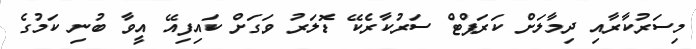
މިސަރުކާރާއި ދިމާލަށް ކަރަޕްޓް ސަރުކާރެކޭ ޑޮލަރު ވަގަށް ކައިފިއޭ އީވާ ބުނި ކަމުގެ